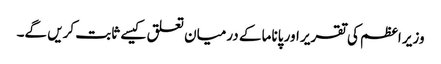
وزیر اعظم کی تقریر اور پاناما کے درمیان تعلق کیسے ثابت کریں گے۔